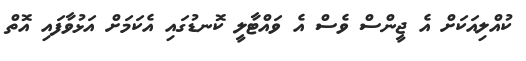
ކުއްލިއަކަށް އެ ޖީންސް ވެސް އެ ވައްޓާލީ ކޮނޑުގައި އެކަމަށް އަޅުވާފައި އޮތް